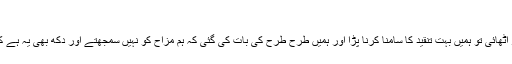
‘
انھوں نے بتایا کہ ’ہم نے جب اس بارے میں آواز اٹھائی تو ہمیں بہت تنقید کا سامنا کرنا پڑا اور ہمیں طرح طرح کی بات کی گئی کہ ہم مزاح کو نہیں سمجھتے اور دکھ بھی یہ ہے کہ ایسی منطق کا استعمال دفاع میں کیا جارہا ہے۔